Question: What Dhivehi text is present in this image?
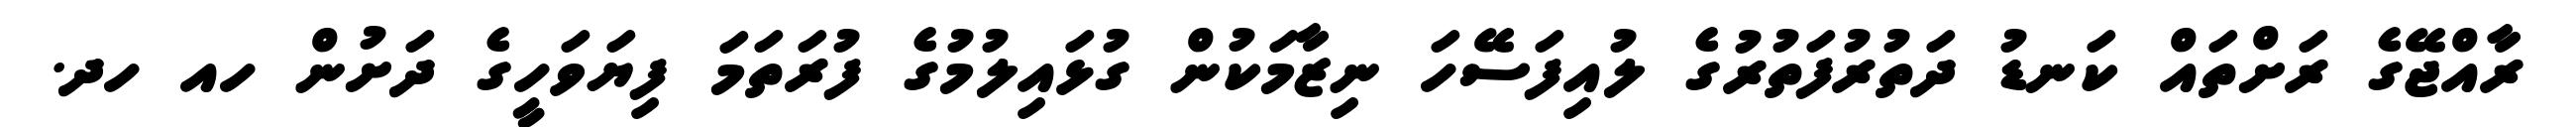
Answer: ރާއްޖޭގެ ރަށްތައް ކަނޑު ދަތުރުފަތުރުގެ ލުއިފަސޭހަ ނިޒާމަކުން ގުޅައިލުމުގެ ފުރަތަމަ ފިޔަވަހީގެ ދަށުން ހއ ހދ.